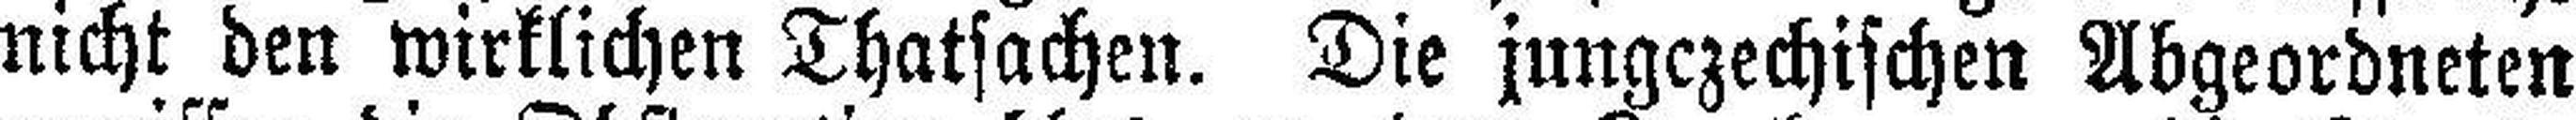
nicht den wirklichen Thatsachen. Die jungczechischen Abgeordneten